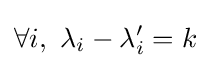
\forall i,\ \lambda _{i}-\lambda '_{i}=k